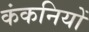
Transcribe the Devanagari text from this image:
कंकनियों